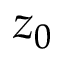
z _ { 0 }